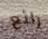
رائع